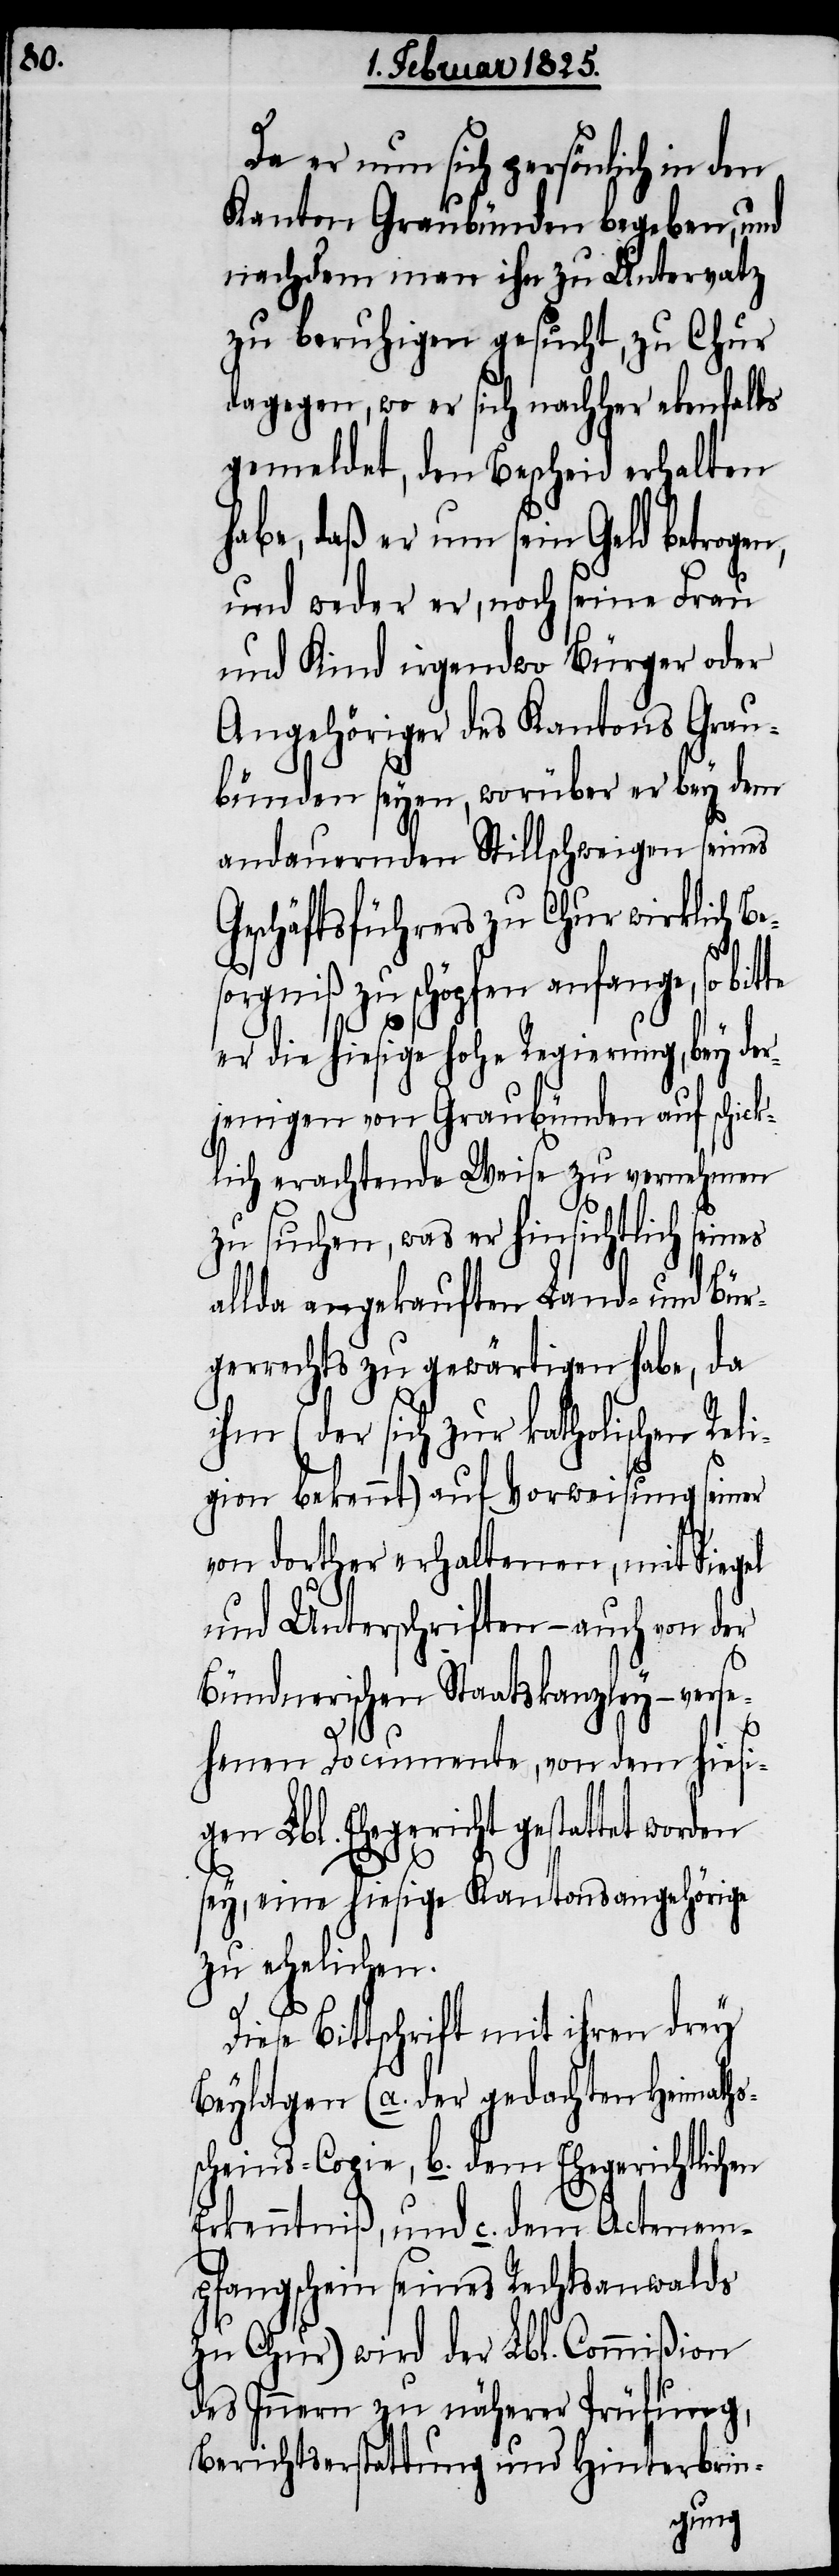
Da er nun sich persönlich in den
Kanton Graubünden begeben, und
nachdem man ihn zu Untervatz
zu beruhigen gesucht, zu Chur
dagegen, wo er sich nachher ebenfalls
gemeldet, den Bescheid erhalten
habe, daß er um sein Geld betrogen,
und weder er, noch seine Frau
und Kind irgendwo Bürger oder
Angehöriger des Kantons Grau¬
bünden seyen, worüber er bey dem
andauernden Stillschweigen seines
Geschäftsführers zu Chur wirklich Be¬
sorgniß zu schöpfen anfange, so bitte
er die hiesige hohe Regierung, bey der¬
jenigen von Graubünden auf schick¬
lich erachtende Weise zu vernehmen
zu suchen, was er hinsichtlich seines
allda angekauften Land- und Bür¬
gerrechts zu gewärtigen habe, da
ihm (der sich zur katholischen Rel¬
igion bekennt) auf Vorweisung seiner
von dorther erhaltenen, mit Siegel
und Unterschriften – auch von der
Bündnerischen Staatskanzley – verse¬
henen Documente, von dem hiesi¬
gen Lbl. Ehegericht gestattet worden
sey, eine hiesige Kantonsangehörige
zu ehelichen.
D¬
iese Bittschrift mit ihren drey
Beylagen (a. der gedachten Heimaths¬
scheins-Copie, b. dem Ehegerichtlichen
Erkenntniß, und c. dem Actenem¬
pfangschein seines Rechtsanwalds
zu Chur) wird der Lbl. Commißion
des Innern zu näherer Prüfung,
Berichtserstattung und Hinterbrin-